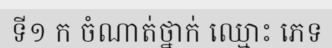
ទី១ ក ចំណាត់ថ្នាក់ ឈ្មោះ ភេទ